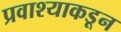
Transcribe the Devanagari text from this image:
प्रवाश्याकडून